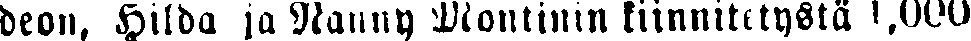
deon, Hilda ja Nanny Montinin kiinnitetystä 1,000